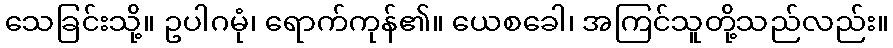
သေခြင်းသို့။ ဥပါဂမုံ၊ ရောက်ကုန်၏။ ယေစခေါ၊ အကြင်သူတို့သည်လည်း။